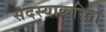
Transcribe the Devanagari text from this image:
सदस्याकरिता